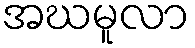
အဃမူလာ